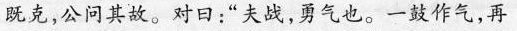
既克，公问其故。对曰：“夫战，勇气也。一鼓作气，再